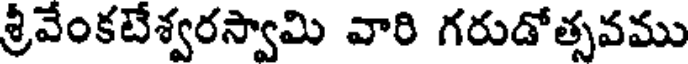
శ్రీవేంకటేశ్వరస్వామి వారి గరుడోత్సవము